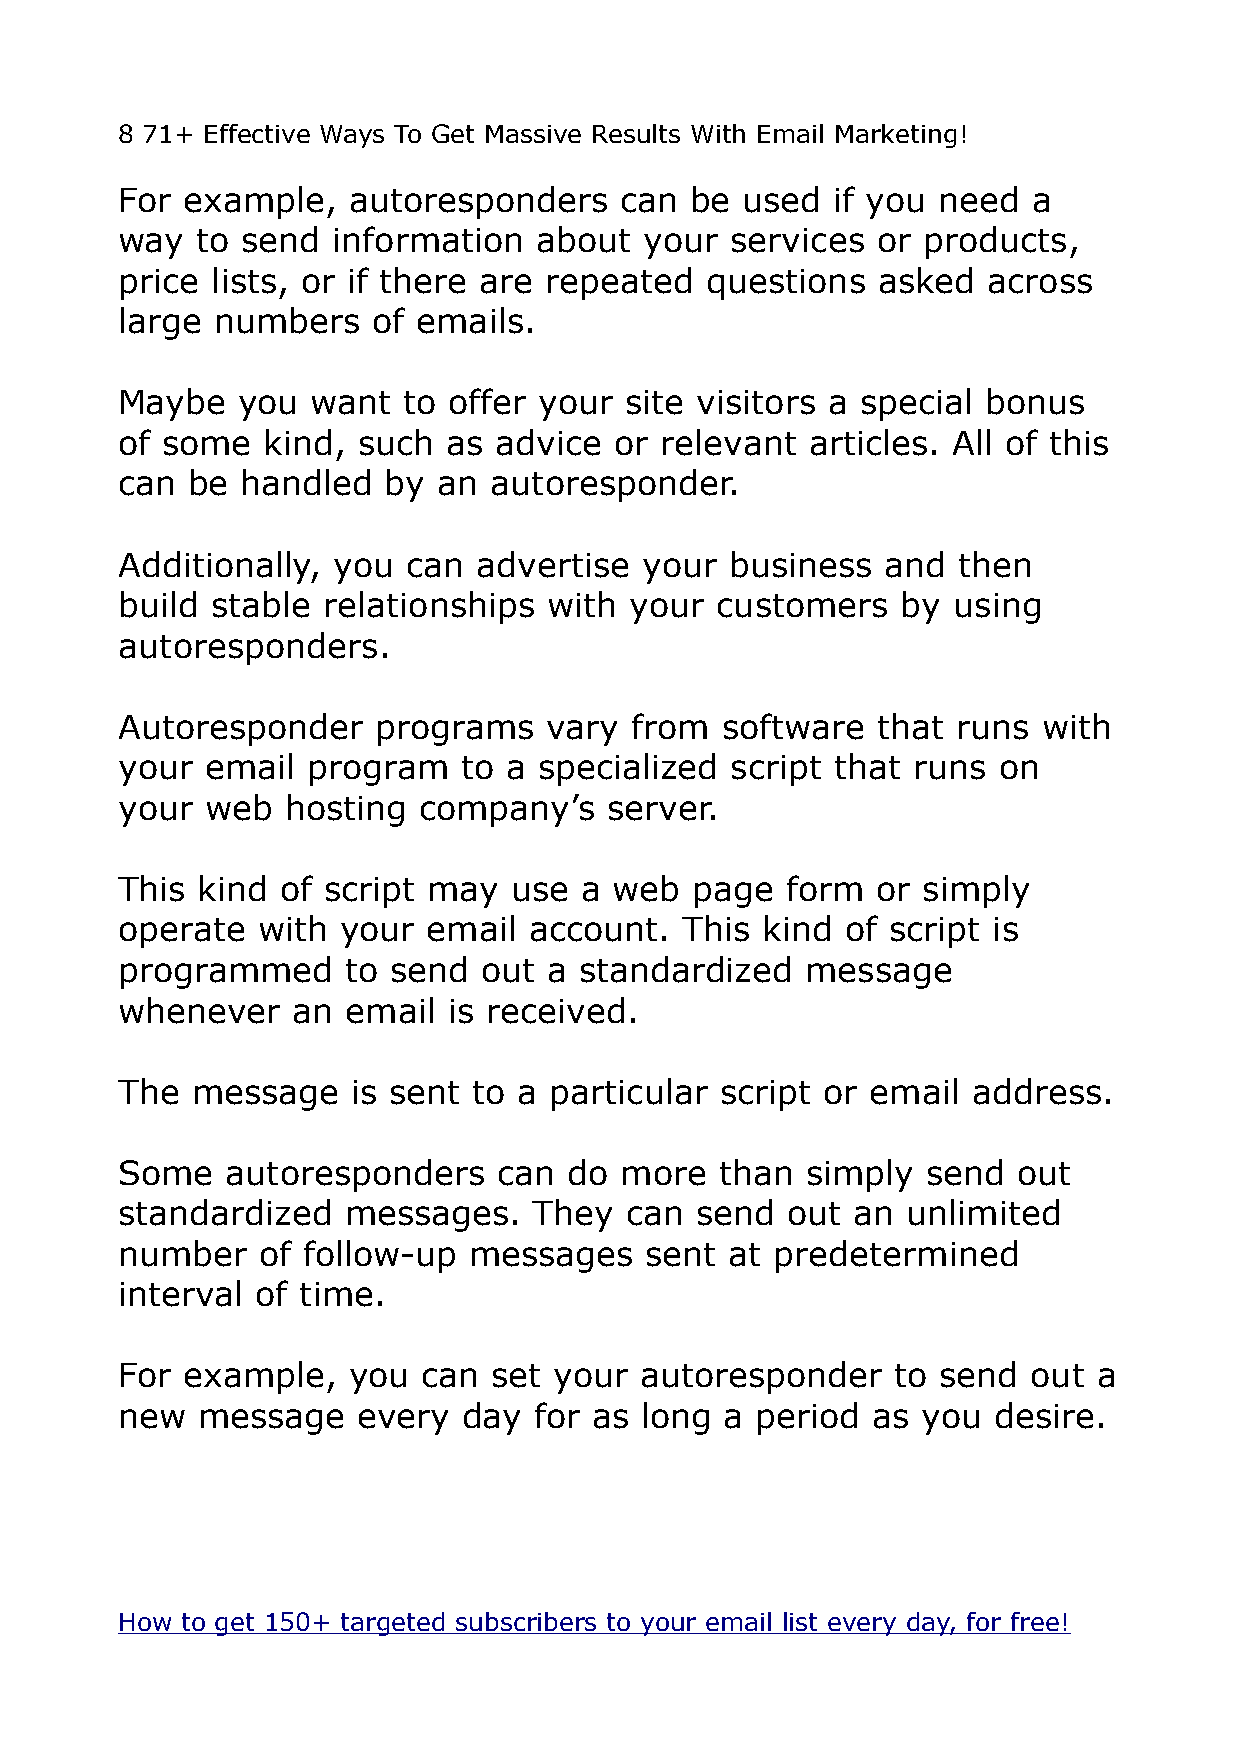
8 71+ Effective Ways To Get Massive Results With Email Marketing!
 For example,   autoresponders    can  be used  if you need  a
 way  to send  information   about  your services  or products,
 price lists, or if there are repeated  questions  asked  across
 large numbers    of emails.
 Maybe   you  want  to offer your site visitors a special bonus
 of some  kind,  such  as advice  or relevant  articles. All of this
 can be  handled   by an autoresponder.
 Additionally, you  can  advertise  your business   and then
 build stable relationships  with  your customers    by using
 autoresponders.
 Autoresponder    programs   vary  from  software  that runs  with
 your  email program    to a specialized script that runs  on
 your  web  hosting  company’s   server.
 This kind  of script may  use a  web  page  form  or simply
 operate  with  your email  account.  This kind  of script is
 programmed     to send  out a standardized   message
 whenever   an  email  is received.
 The  message   is sent to a particular  script or email address.
 Some   autoresponders    can  do more   than simply  send  out
 standardized   messages.   They  can  send  out an  unlimited
 number   of follow-up  messages    sent at predetermined
 interval of time.
 For example,   you  can  set your autoresponder    to send  out  a
 new  message    every  day for as long  a period  as you  desire.
 How to get 150+ targeted subscribers to your email list every day, for free!